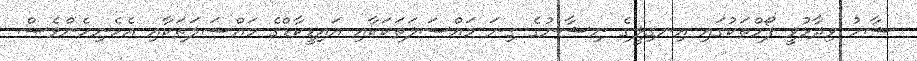
ޝާހު ވިދާޅުވީ ފޯމްތަކުގައި އިނގިލީގެ ނިޝާނުގެ ގިނަ މައްސަލަތަކަކާއި އައިޑީކާޑްގެ މައްސަލަތަކާއި އެހެނިހެންވެސް